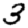
Digit: 3